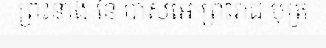
ព្រះនាង នៃ ប៉ាសអៃ ព្រះរាជ បុត្រ